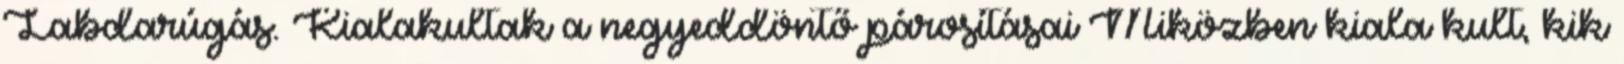
Labdarúgás. Kialakultak a negyeddöntő párosításai Miközben kiala­ kult, kik